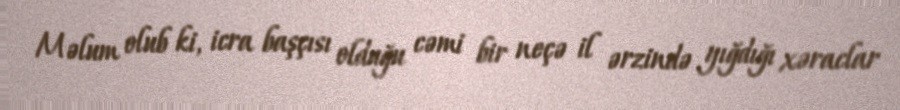
Məlum olub ki, icra başçısı olduğu cəmi bir neçə il ərzində yığdığı xəraclar